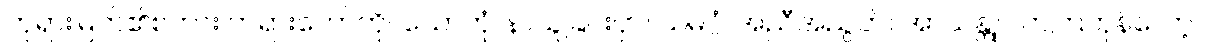
ဘုရားမြတ်၏စကား တရားတော်ကို။ သောတုံ၊ နာယူခြင်းငှာ။ သမဂ္ဂံ၊ အညီအညွတ်။ အာယန္တု၊ လာကြကုန်လော့။